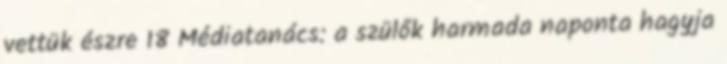
vettük észre 18 Médiatanács: a szülők harmada naponta hagyja